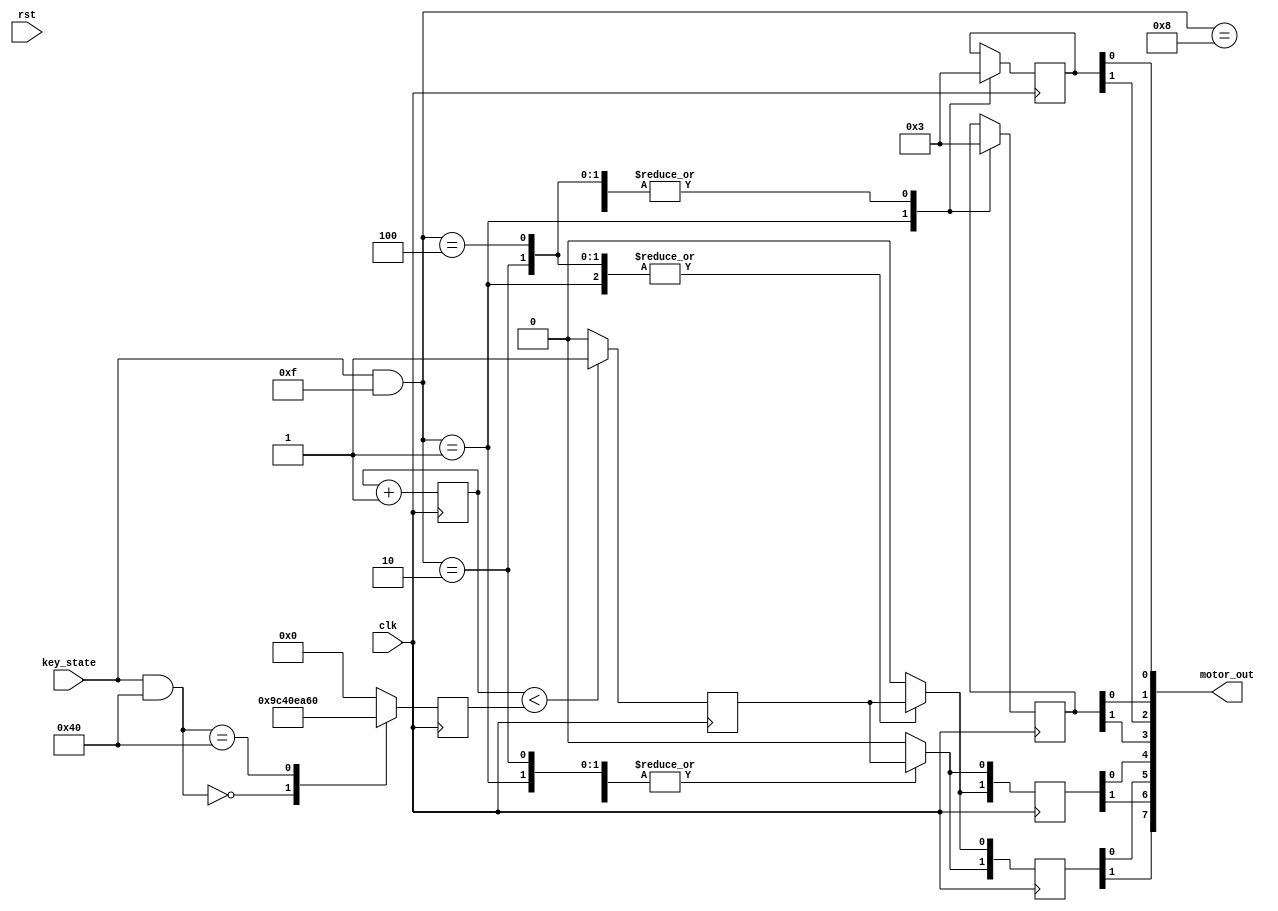
`timescale 1ns / 1ps
module motor(
	input clk,
	input rst,
	input [7:0]key_state,
	output [7:0]motor_out 
); 
parameter stop = 8'h00; 
parameter up = 8'h01;
parameter down = 8'h02;
parameter left = 8'h04;
parameter right = 8'h08;

parameter normal = 8'h00;
parameter fast = 8'h40;
wire [15:0]pwm_count;
reg [15:0]c = 0;
reg [15:0]value = 0;
reg [7:0]state = 8'h00;
reg [7:0]speed_state = 8'h00;
reg[1:0]dir_l=0; reg[1:0]dir_r=0; reg[1:0]pwm_left=0; reg[1:0]pwm_right=0;
reg pwm = 0;

always@(posedge clk) begin
	case(key_state & 8'h0f)
		stop:begin
			pwm_left[1:0] <= 0;pwm_right[1:0] <= 0;
		end
		up:begin
			pwm_left[0] <= pwm; pwm_right[0] <= pwm; pwm_left[1] <= pwm; pwm_right[1] <= pwm;
				dir_l[1:0] <= 0; dir_r[1:0] <= 0;
		end
		down:begin
			pwm_left[0] <= pwm; pwm_right[0] <= pwm; pwm_left[1] <= pwm; pwm_right[1] <= pwm;
			dir_l[1:0] <= 2'b11; dir_r[1:0] <= 2'b11;
		end
		left:begin
		    pwm_left[0] <= pwm;pwm_left[1] <= 0; pwm_right[0] <= 0; pwm_right[1] <=  pwm;
			dir_l[1:0] <= 2'b11; dir_r[1:0] <= 2'b11;
		end
		right:begin
			pwm_left[0] <= 0;pwm_left[1] <= pwm; pwm_right[0] <= pwm; pwm_right[1] <= 0;
			dir_l[1:0] <= 2'b11; dir_r[1:0] <= 2'b11;
		end
		default: begin 
			pwm_left[1:0] <= 0;pwm_right[1:0] <= 0; 
		end
	endcase
end

always@(posedge clk) begin
	case(key_state & 8'h40)
		normal: value <= 16'd40000;
		fast: value <= 16'd60000;
	default: value <= 0;
	endcase
end

always@(posedge clk) begin
	if(c<pwm_count) pwm <= 1;
	else pwm <= 0;
	c <= c+1;		
end

assign pwm_count = value[15:0];
assign motor_out[7:0] = {pwm_left[1],pwm_right[1],pwm_left[0],pwm_right[0],dir_l[1],dir_r[1],dir_l[0],dir_r[0]};

endmodule